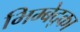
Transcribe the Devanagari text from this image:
भिम्बेद्का